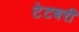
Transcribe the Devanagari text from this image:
टेटबरी